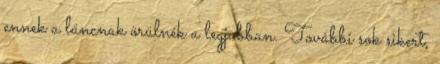
ennek a láncnak örülnék a legjobban. További sok sikert,